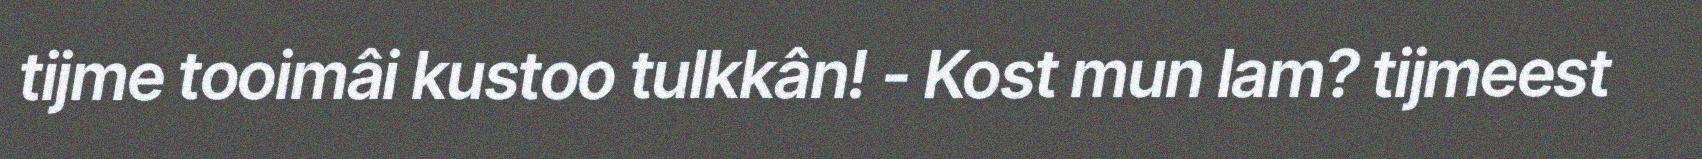
tijme tooimâi kustoo tulkkân! - Kost mun lam? tijmeest